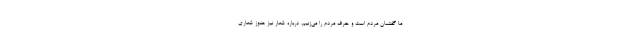
ما گفتمان مردم است و حرف مردم را می‌زنیم. درباره شعار نیز هنوز شعاری